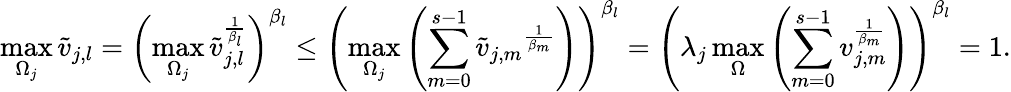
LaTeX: \operatorname*{max}_{\Omega_{j}}\tilde{v}_{j,l}=\left(\operatorname*{max}_{\Omega_{j}}\tilde{v}_{j,l}^{\frac{1}{\beta_{l}}}\right)^{\beta_{l}}\leq\left(\operatorname*{max}_{\Omega_{j}}\left(\sum_{m=0}^{s-1}{\tilde{v}_{j,m}}^{\frac{1}{\beta_{m}}}\right)\right)^{\beta_{l}}=\left(\lambda_{j}\operatorname*{max}_{\Omega}\left(\sum_{m=0}^{s-1}v_{j,m}^{\frac{1}{\beta_{m}}}\right)\right)^{\beta_{l}}=1.